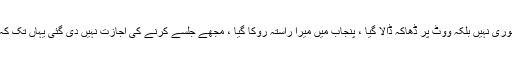
انہوں نے کہا کہ 2018کے الیکشن میں تاریخ کی بدترین دھاندلی کی گئی ، ووٹ کی چوری نہیں بلکہ ووٹ پر ڈھاکہ ڈالا گیا ، پنجاب میں میرا راستہ روکا گیا ، مجھے جلسے کرنے کی اجازت نہیں دی گئی یہاں تک کہ پشاور میں میری نقل وحرکت پر پابندی تھی ، بلوچستان میں مجھے جانے نہیں دیا گیا۔